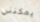
يمكنني